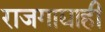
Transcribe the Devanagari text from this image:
राजगाद्याही